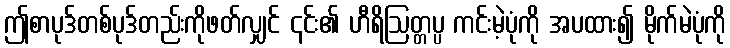
ဤစာပုဒ်တစ်ပုဒ်တည်းကိုဖတ်လျှင် ၎င်း၏ ဟီရိဩတ္တပ္ပ ကင်းမဲ့ပုံကို အပထား၍ မိုက်မဲပုံကို